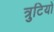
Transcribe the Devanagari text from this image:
त्रुटियो